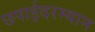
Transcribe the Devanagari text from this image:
छपाईदरम्यान